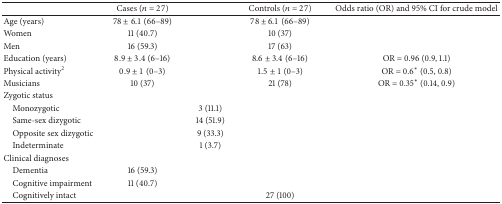
<table><thead><tr><td><b> </b></td><td><b>Cases (<i>n</i> = 27)</b></td><td><b> </b></td><td><b>Controls (<i>n</i> = 27)</b></td><td><b>Odds ratio (OR) and 95% CI for crude model</b></td></tr></thead><tbody><tr><td>Age (years)</td><td>78 ± 6.1 (66–89)</td><td> </td><td>78 ± 6.1 (66–89)</td><td> </td></tr><tr><td>Women</td><td>11 (40.7)</td><td> </td><td>10 (37)</td><td> </td></tr><tr><td>Men</td><td>16 (59.3)</td><td> </td><td>17 (63)</td><td> </td></tr><tr><td>Education (years)</td><td>8.9 ± 3.4 (6–16)</td><td> </td><td>8.6 ± 3.4 (6–16)</td><td>OR = 0.96 (0.9, 1.1)</td></tr><tr><td>Physical activity<sup>2</sup></td><td>0.9 ± 1 (0–3)</td><td> </td><td>1.5 ± 1 (0–3)</td><td>OR = 0.6<sup>*</sup> (0.5, 0.8)</td></tr><tr><td>Musicians</td><td>10 (37)</td><td> </td><td>21 (78)</td><td>OR = 0.35<sup>*</sup> (0.14, 0.9)</td></tr><tr><td>Zygotic status</td><td> </td><td> </td><td> </td><td> </td></tr><tr><td> Monozygotic</td><td> </td><td>3 (11.1)</td><td> </td><td> </td></tr><tr><td> Same-sex dizygotic</td><td> </td><td>14 (51.9)</td><td> </td><td> </td></tr><tr><td> Opposite sex dizygotic</td><td> </td><td>9 (33.3)</td><td> </td><td> </td></tr><tr><td> Indeterminate</td><td> </td><td>1 (3.7)</td><td> </td><td> </td></tr><tr><td>Clinical diagnoses </td><td> </td><td> </td><td> </td><td> </td></tr><tr><td> Dementia</td><td>16 (59.3)</td><td> </td><td> </td><td> </td></tr><tr><td> Cognitive impairment </td><td>11 (40.7)</td><td> </td><td> </td><td> </td></tr><tr><td> Cognitively intact</td><td> </td><td> </td><td>27 (100)</td><td> </td></tr></tbody></table>